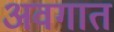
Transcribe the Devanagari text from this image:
अवगात